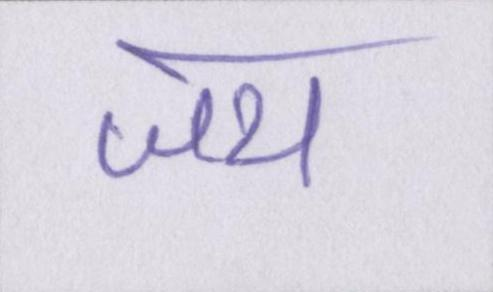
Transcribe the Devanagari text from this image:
जय